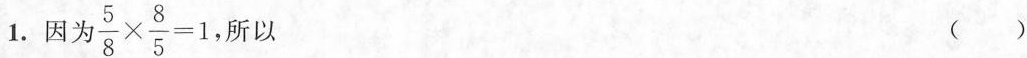
1.因 为 $$ \frac{5}{8} \times \frac{8}{5} = 1 $$， 所以 ()